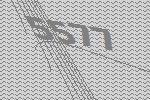
5577